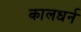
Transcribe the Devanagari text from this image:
कालधर्न